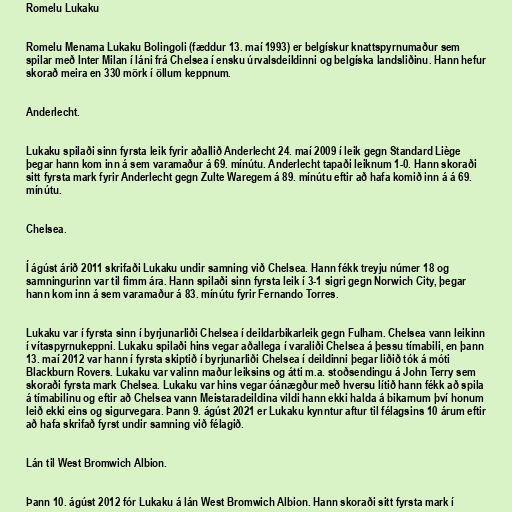
Romelu Lukaku

Romelu Menama Lukaku Bolingoli (fæddur 13. maí 1993) er belgískur knattspyrnumaður sem
spilar með Inter Milan í láni frá Chelsea í ensku úrvalsdeildinni og belgíska landsliðinu. Hann hefur
skorað meira en 330 mörk í öllum keppnum.

Anderlecht.

Lukaku spilaði sinn fyrsta leik fyrir aðallið Anderlecht 24. maí 2009 í leik gegn Standard Liège
þegar hann kom inn á sem varamaður á 69. mínútu. Anderlecht tapaði leiknum 1-0. Hann skoraði
sitt fyrsta mark fyrir Anderlecht gegn Zulte Waregem á 89. mínútu eftir að hafa komið inn á á 69.
mínútu.

Chelsea.

Í ágúst árið 2011 skrifaði Lukaku undir samning við Chelsea. Hann fékk treyju númer 18 og
samningurinn var til fimm ára. Hann spilaði sinn fyrsta leik í 3-1 sigri gegn Norwich City, þegar
hann kom inn á sem varamaður á 83. mínútu fyrir Fernando Torres.

Lukaku var í fyrsta sinn í byrjunarliði Chelsea í deildarbikarleik gegn Fulham. Chelsea vann leikinn
í vítaspyrnukeppni. Lukaku spilaði hins vegar aðallega í varaliði Chelsea á þessu tímabili, en þann
13. maí 2012 var hann í fyrsta skiptið í byrjunarliði Chelsea í deildinni þegar liðið tók á móti
Blackburn Rovers. Lukaku var valinn maður leiksins og átti m.a. stoðsendingu á John Terry sem
skoraði fyrsta mark Chelsea. Lukaku var hins vegar óánægður með hversu lítið hann fékk að spila
á tímabilinu og eftir að Chelsea vann Meistaradeildina vildi hann ekki halda á bikarnum því honum
leið ekki eins og sigurvegara. Þann 9. ágúst 2021 er Lukaku kynntur aftur til félagsins 10 árum eftir
að hafa skrifað fyrst undir samning við félagið.

Lán til West Bromwich Albion.

Þann 10. ágúst 2012 fór Lukaku á lán West Bromwich Albion. Hann skoraði sitt fyrsta mark í